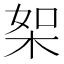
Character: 桇